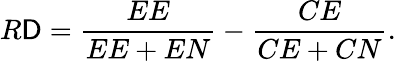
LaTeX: R\mathsf{D}={\frac{{EE}}{{EE+EN}}}-{\frac{{CE}}{{CE+CN}}}.